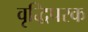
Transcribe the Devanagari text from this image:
वृद्धिपरक